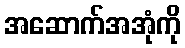
အဆောက်အအုံကို